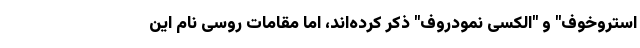
استروخوف" و "الکسی نمودروف" ذکر کرده‌اند، اما مقامات روسی نام این